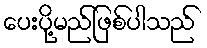
ပေးပို့မည်ဖြစ်ပါသည်